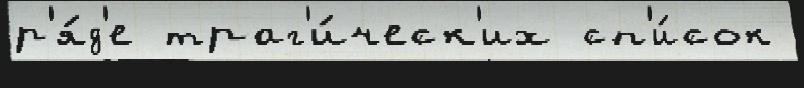
р'я́д'е траг'и́ческ'их сп'и́сок